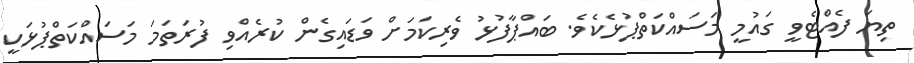
ތިޔަ ފެއްޓެވީ ގައުމީ މަސައްކަތްޕުޅެކެވެ. ބައްޕާފުޅު ވެރިކަމަށް ވަޑައިގެން ކުރެއްވި ފުރަތަމަ މަސައްކަތްޕުޅަކީ